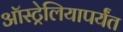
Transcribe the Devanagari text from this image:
ऑस्ट्रेलियापर्यंत